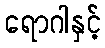
ရောဂါနှင့်